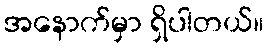
အနောက်မှာ ရှိပါတယ်။